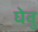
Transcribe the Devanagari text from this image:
घेवु